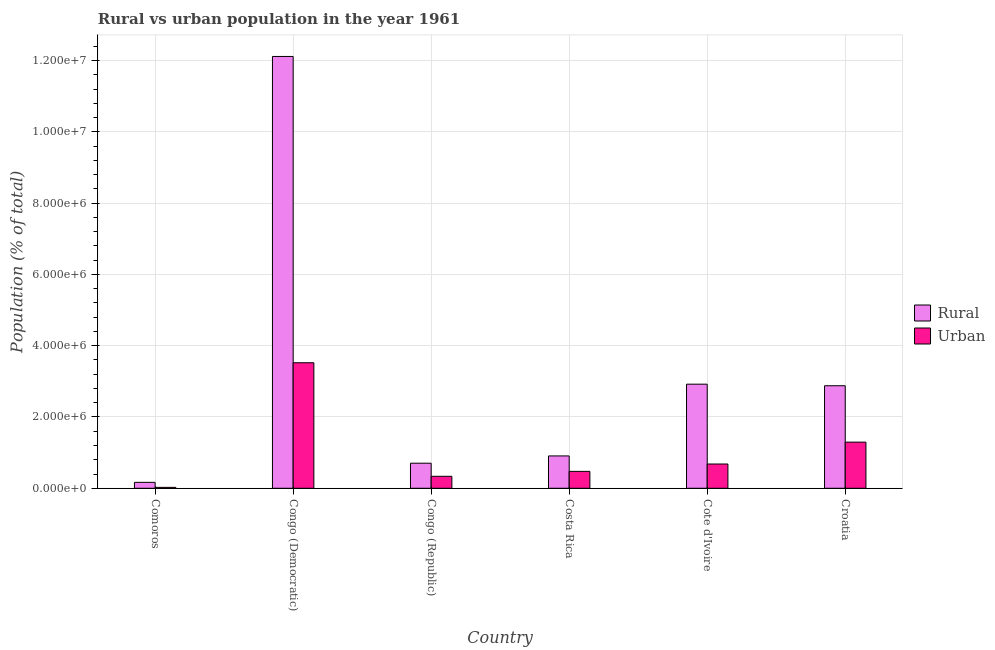
| Country | Rural | Urban |
 | --- | --- | --- |
 | Comoros | 1.66e+05 | 2.56e+04 |
 | Congo (Democratic) | 1.21e+07 | 3.52e+06 |
 | Congo (Republic) | 7.04e+05 | 3.36e+05 |
 | Costa Rica | 9.08e+05 | 4.74e+05 |
 | Cote d'Ivoire | 2.92e+06 | 6.81e+05 |
 | Croatia | 2.88e+06 | 1.29e+06 |